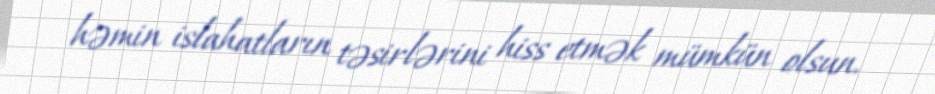
həmin islahatların təsirlərini hiss etmək mümkün olsun.